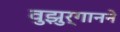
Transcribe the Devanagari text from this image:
वुझुर्गानने